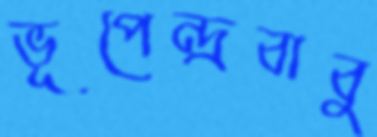
ভূপেন্দ্রবাবু